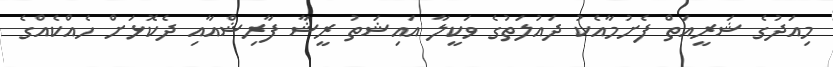
މިއަދުގެ ޝަރީއަތް ފެށުމާއެކު ދައުލަތުގެ ވަކީލާ އައިޝަތު ރީޝާ ފާރިޝްއާއި ދެކޮޅަށް ހެއްކެއްގެ